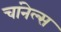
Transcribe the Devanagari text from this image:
चांनेल्स